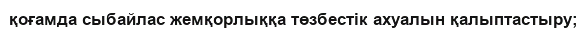
қоғамда сыбайлас жемқорлыққа төзбестік ахуалын қалыптастыру;